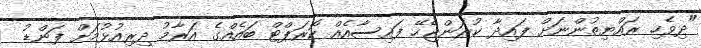
"ދިވެހި ރައްޔިތުންނަށް ފައިދާ ކުރަންޖެހޭ ފައިސާއެއް ކޮރަޕްޓް ބައެއްގެ އަރާމު ދިރިއުޅުމަށް ފަންޑު